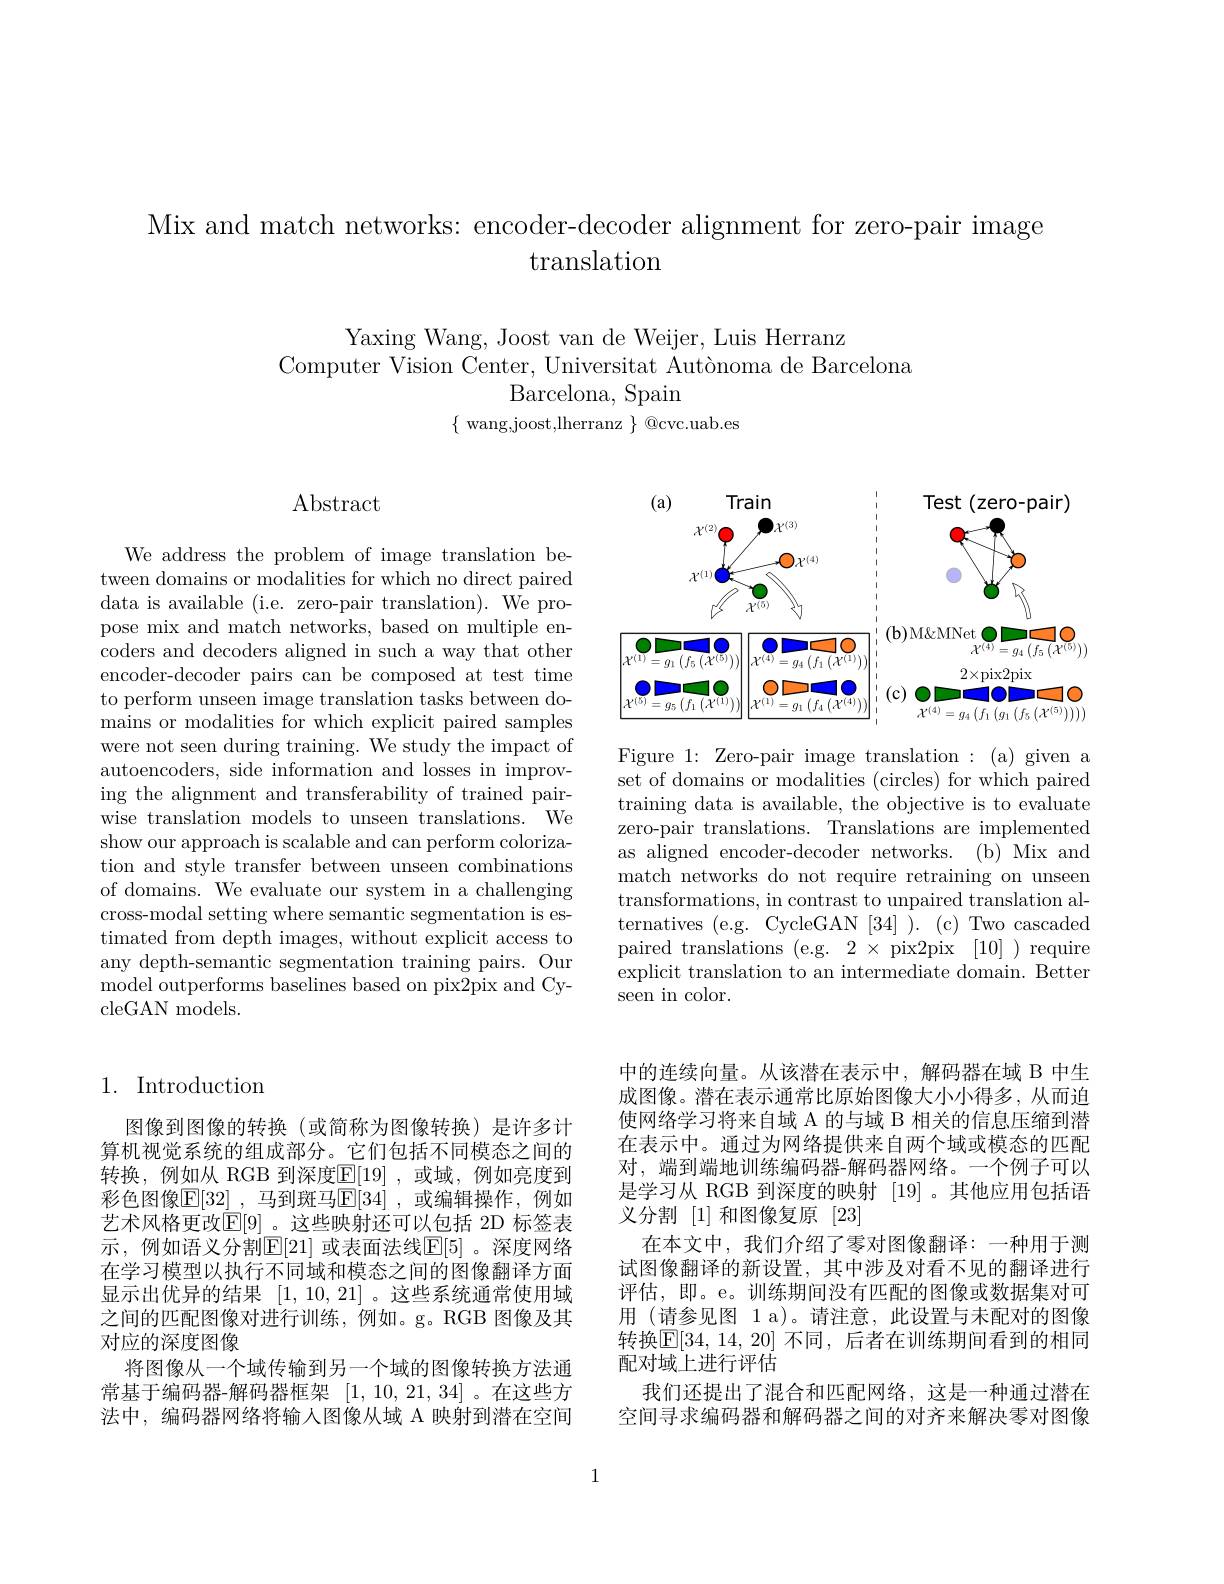
Mix and match networks: encoder-decoder alignment for zero-pair image
translation

Yaxing Wang, Joost van de Weijer, Luis Herranz
Computer Vision Center, Universitat Autònoma de Barcelona
Barcelona, Spain
$\{$ wang,joost,lherranz $\}$ @cvc.uab.es

$\operatorname{Abstract}$

We address the problem of image translation between domains or modalities for which no direct paired data is available (i.e. zero-pair translation). We propose mix and match networks, based on multiple encoders and decoders aligned in such a way that other encoder-decoder pairs can be composed at test time to perform unseen image translation tasks between domains or modalities for which explicit paired samples were not seen during training. We study the impact of autoencoders, side information and losses in improving the alignment and transferability of trained pairwise translation models to unseen translations. We show our approach is scalable and can perform colorization and style transfer between unseen combinations of domains. We evaluate our system in a challenging cross-modal setting where semantic segmentation is estimated from depth images, without explicit access to any depth-semantic segmentation training pairs. Our model outperforms baselines based on pix2pix and CycleGAN models.

<FigureHere>

Figure 1: Zero-pair image translation: (a) given a set of domains or modalities (circles) for which paired training data is available, the objective is to evaluate zero-pair translations. Translations are implemented as aligned encoder-decoder networks. (b) Mix and match networks do not require retraining on unseen transformations, in contrast to unpaired translation alternatives (e.g. CycleGAN[34] ). (c) Two cascaded paired translations (e.g. $2\times$ pix2pix[10]) require explicit translation to an intermediate domain. Better seen in color.

## 1. Introduction

图像到图像的转换(或简称为图像转换)是许多计算机视觉系统的组成部分。它们包括不同模态之间的转换，例如从 RGB 到深度$\mathbb{E}[19]$ ,或域，例如亮度到彩色图像$\overline {\mathbb{E} }[ 32]$ , 马到斑马$\mathbb{E} [ 34]$ , 或编辑操作，例如艺术风格更改$\mathbb{E}[9]$ 。这些映射还可以包括 2D 标签表示，例如语义分割$\mathbb{E}[21]$ 或表面法线$\mathbb{E}[5]$ 。深度网络在学习模型以执行不同域和模态之间的图像翻译方面显示出优异的结果[1,10,21] 。这些系统通常使用域之间的匹配图像对进行训练，例如。g。RGB 图像及其对应的深度图像
将图像从一个域传输到另一个域的图像转换方法通常基于编码器-解码器框架 [1,10,21,34]。在这些方法中，编码器网络将输入图像从域 A 映射到潜在空间

中的连续向量。从该潜在表示中，解码器在域 B 中生成图像。潜在表示通常比原始图像大小小得多，从而迫使网络学习将来自域 A 的与域 B 相关的信息压缩到潜在表示中。通过为网络提供来自两个域或模态的匹配对，端到端地训练编码器-解码器网络。一个例子可以是学习从 RGB 到深度的映射 [19]。其他应用包括语义分割[1]和图像复原[23]
在本文中，我们介绍了零对图像翻译：一种用于测试图像翻译的新设置，其中涉及对看不见的翻译进行评估，即。e。训练期间没有匹配的图像或数据集对可用 (请参见图 1 a)。请注意，此设置与未配对的图像转换$\overline{\mathbb{E}}[34,14,20]$ 不同，后者在训练期间看到的相同配对域上进行评估
我们还提出了混合和匹配网络，这是一种通过潜在空间寻求编码器和解码器之间的对齐来解决零对图像

1